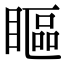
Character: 瞘